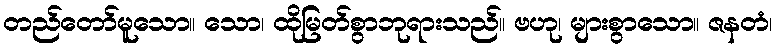
တည်တော်မူသော။ သော၊ ထိုမြတ်စွာဘုရားသည်။ ဗဟု၊ များစွာသော။ ဇနတံ၊